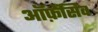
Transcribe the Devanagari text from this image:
ऑफ़ेंसिव